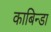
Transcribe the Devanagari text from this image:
काबिन्डा